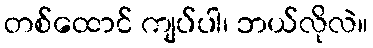
တစ်ထောင် ကျပ်ပါ၊ ဘယ်လိုလဲ။